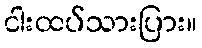
ငါးထပ်သားပြား။